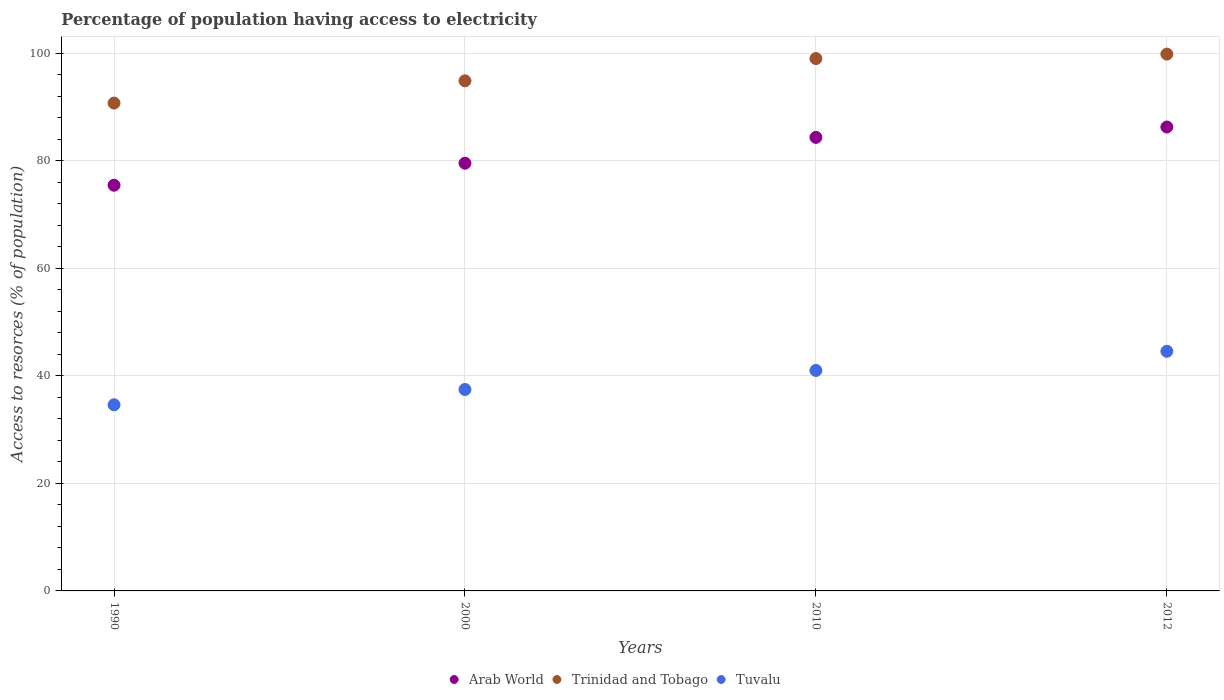
| Years | Arab World | Trinidad and Tobago | Tuvalu |
 | --- | --- | --- | --- |
 | 1990 | 75.4 | 90.7 | 34.6 |
 | 2000 | 79.5 | 94.9 | 37.5 |
 | 2010 | 84.3 | 99 | 41 |
 | 2012 | 86.3 | 99.8 | 44.6 |